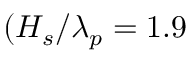
( H _ { s } / \lambda _ { p } = 1 . 9 \